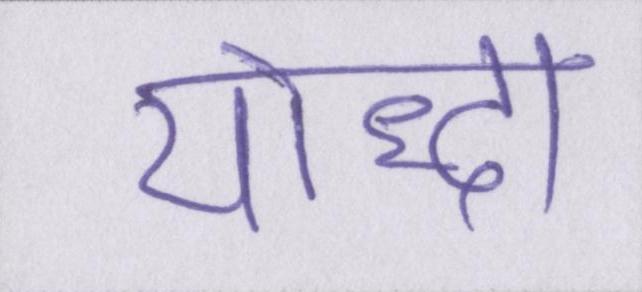
योद्धा